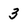
Character: 3